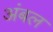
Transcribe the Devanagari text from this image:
अंबल